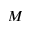
M